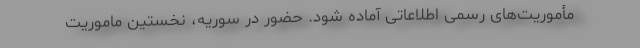
مأموریت‌های رسمی اطلاعاتی آماده شود. حضور در سوریه، نخستین ماموریت